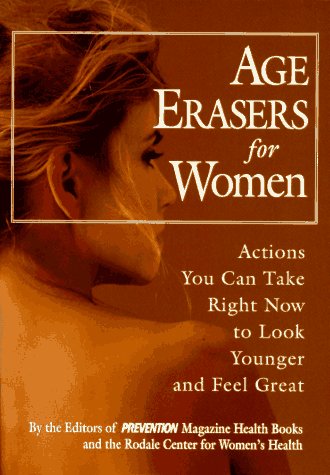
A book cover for Age Erasers for Women: Actions You Can Take Right Now to Look Younger and Feel Great; Prevention Magazine; Health, Fitness & Dieting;